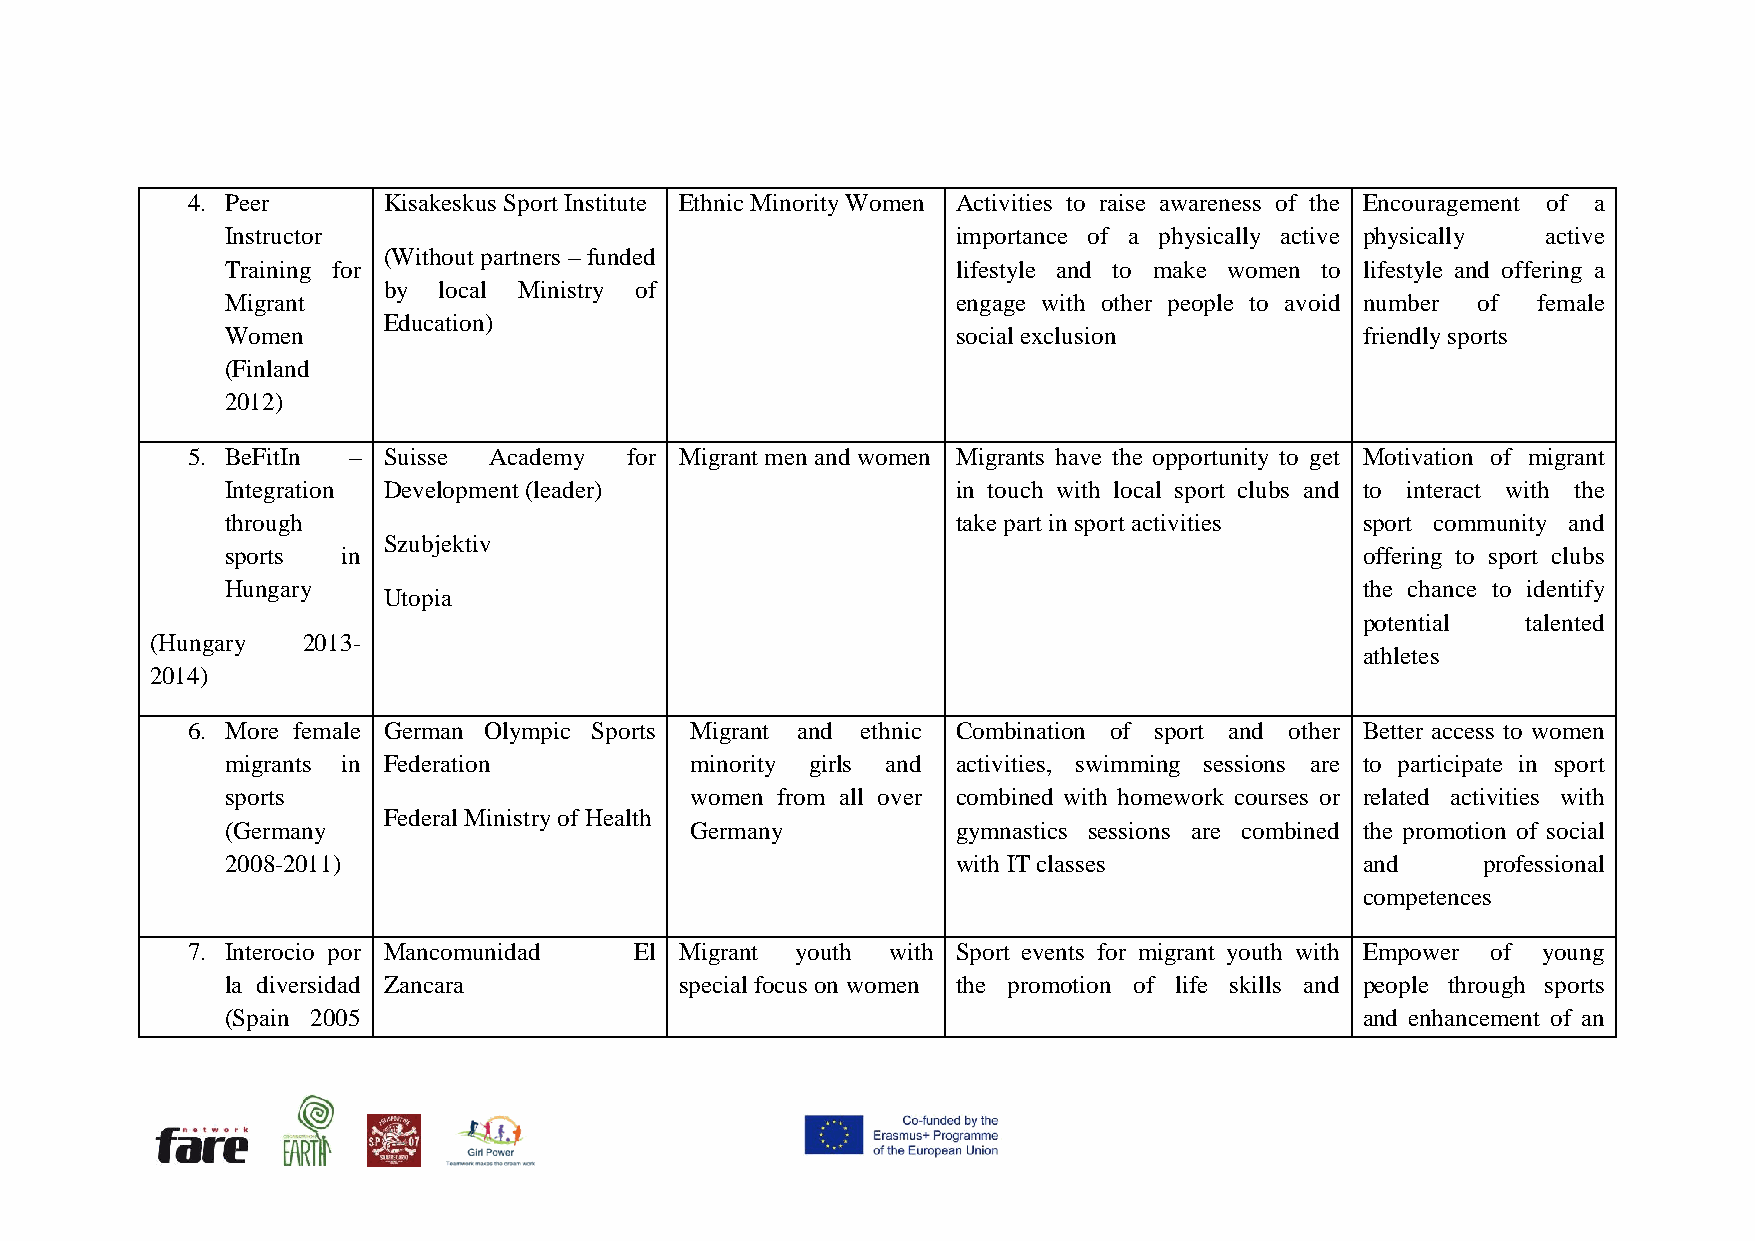
4. Peer      Kisakeskus Sport Institute Ethnic Minority Women Activities to raise awareness of the Encouragement of a
 Instructor                                      importance of a physically active physically active
 (Without partners – funded
 Training for                                    lifestyle and to make women to lifestyle and offering a
 by  local Ministry of
 Migrant                                         engage with other people to avoid number of female
 Education)
 Women                                           social exclusion           friendly sports
 (Finland
 2012)
 5. BeFitIn – Suisse Academy  for Migrant men and women Migrants have the opportunity to get Motivation of migrant
 Integration Development (leader)                in touch with local sport clubs and to interact with the
 through                                         take part in sport activities sport community and
 Szubjektiv
 sports  in                                                                 offering to sport clubs
 Hungary                                                                    the chance to identify
 Utopia
 potential  talented
 (Hungary  2013-
 athletes
 2014)
 6. More female German Olympic Sports Migrant and ethnic Combination of sport and other Better access to women
 migrants in Federation         minority girls and activities, swimming sessions are to participate in sport
 sports                         women from all over combined with homework courses or related activities with
 Federal Ministry of Health
 (Germany                       Germany          gymnastics sessions are combined the promotion of social
 2008-2011)                                      with IT classes            and     professional
 competences
 7. Interocio por Mancomunidad El Migrant youth with Sport events for migrant youth with Empower of young
 la diversidad Zancara         special focus on women the promotion of life skills and people through sports
 (Spain 2005                                                                and enhancement of an